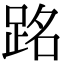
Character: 𫏉